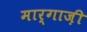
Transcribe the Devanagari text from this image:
मार्गाज़ी